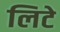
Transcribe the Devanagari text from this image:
लिटे